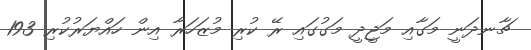
ޗާނދަނީ މަގާއި މަޖީދީ މަގުގައި ރޭ ކުރި މުޒަހަރާ އިން ހައްޔަރުކުރި 193